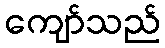
ကျော်သည်